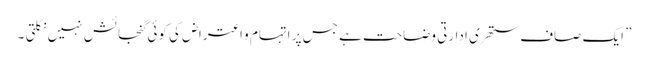
” ایک صاف ستھری ادارتی وضاحت ہے جس پر اتہام و اعتراض کی کوئی گنجائش نہیں نکلتی ۔